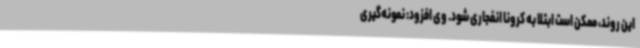
این روند، ممکن است ابتلا به کرونا انفجاری شود. وی افزود: نمونه‌گیری